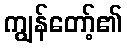
ကျွန်တော့်၏